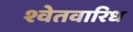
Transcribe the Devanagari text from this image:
श्वेतवारिध